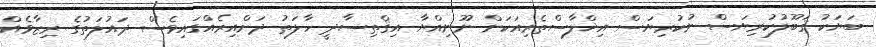
ބަޔަކު ޤަބޫލުކުރިޔަސް ނުކުރިޔަސް އިޚްލާސްތެރިއަކަށް ނޫނިއްޔާ އިޤްތިސާދީ ހާލަތު ދަށްއިރެއްގައިވެސް ދައުލަތުގެ ރިޒާވެއް